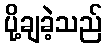
ပို့ချခဲ့သည်